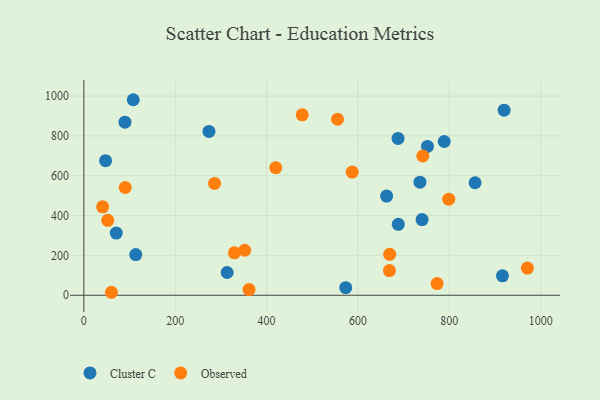
{"axis": {"x": "Engine Size", "y": "Yield"}, "legend": ["Cluster C", "Observed"], "data": [{"x": "662.8", "y": 497.8, "type": "Cluster C"}, {"x": "788.9", "y": 772.0, "type": "Cluster C"}, {"x": "47.6", "y": 675.4, "type": "Cluster C"}, {"x": "71.0", "y": 312.3, "type": "Cluster C"}, {"x": "313.7", "y": 114.2, "type": "Cluster C"}, {"x": "916.3", "y": 97.7, "type": "Cluster C"}, {"x": "752.3", "y": 747.0, "type": "Cluster C"}, {"x": "273.9", "y": 822.4, "type": "Cluster C"}, {"x": "740.4", "y": 380.2, "type": "Cluster C"}, {"x": "573.3", "y": 38.1, "type": "Cluster C"}, {"x": "687.8", "y": 787.3, "type": "Cluster C"}, {"x": "108.1", "y": 981.6, "type": "Cluster C"}, {"x": "735.7", "y": 567.8, "type": "Cluster C"}, {"x": "920.0", "y": 929.2, "type": "Cluster C"}, {"x": "856.4", "y": 564.7, "type": "Cluster C"}, {"x": "688.3", "y": 355.9, "type": "Cluster C"}, {"x": "113.6", "y": 204.5, "type": "Cluster C"}, {"x": "90.0", "y": 868.9, "type": "Cluster C"}, {"x": "420.1", "y": 640.1, "type": "Observed"}, {"x": "669.0", "y": 123.8, "type": "Observed"}, {"x": "587.4", "y": 618.2, "type": "Observed"}, {"x": "970.9", "y": 136.4, "type": "Observed"}, {"x": "329.6", "y": 213.2, "type": "Observed"}, {"x": "742.0", "y": 699.2, "type": "Observed"}, {"x": "361.6", "y": 28.4, "type": "Observed"}, {"x": "41.1", "y": 443.9, "type": "Observed"}, {"x": "90.6", "y": 541.0, "type": "Observed"}, {"x": "773.3", "y": 58.6, "type": "Observed"}, {"x": "286.1", "y": 561.2, "type": "Observed"}, {"x": "555.3", "y": 883.7, "type": "Observed"}, {"x": "798.8", "y": 482.3, "type": "Observed"}, {"x": "60.3", "y": 15.0, "type": "Observed"}, {"x": "52.3", "y": 376.3, "type": "Observed"}, {"x": "478.0", "y": 905.6, "type": "Observed"}, {"x": "352.0", "y": 225.9, "type": "Observed"}, {"x": "669.5", "y": 205.3, "type": "Observed"}]}